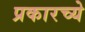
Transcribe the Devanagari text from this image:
प्रकारच्ये